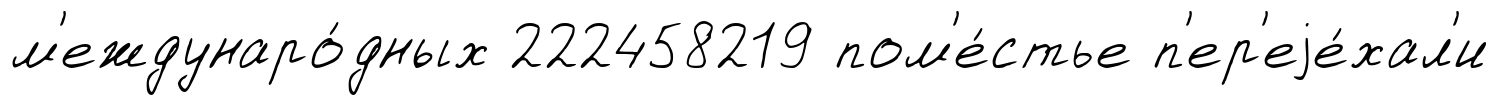
м'еждунаро́дных 222458219 пом'е́стье п'ер'еjе́хал'и